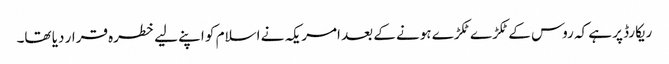
ریکارڈ پر ہے کہ روس کے ٹکڑے ٹکڑے ہونے کے بعد امریکہ نے اسلام کو اپنے لیے خطرہ قرار دیا تھا۔